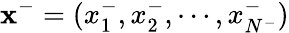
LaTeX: \mathbf{x}^{-}=(x_{1}^{-},x_{2}^{-},\cdots,x_{N^{-}}^{-})